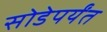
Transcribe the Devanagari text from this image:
सोडेपर्यंत